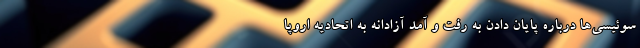
سوئیسی‌ها درباره پایان دادن به رفت و آمد آزادانه به اتحادیه اروپا